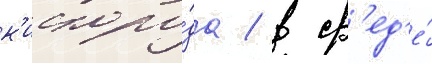
к'ислоро́да / в ср'ед'е́